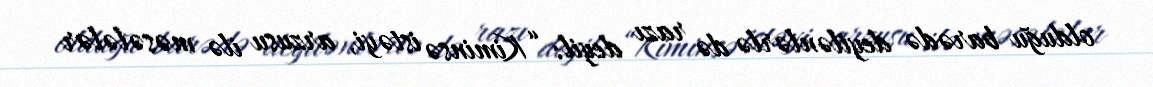
olduğu barədə deyilənlərlə də razı deyil: “Kiminsə istəyi, arzusu ilə məsələlər